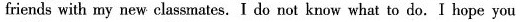
friends with my new classmates. I do not know what to do.I hope you